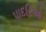
પાદરિઓ